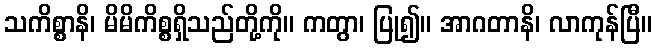
သကိစ္စာနိ၊ မိမိကိစ္စရှိသည်တို့ကို။ ကတွာ၊ ပြု၍။ အာဂတာနိ၊ လာကုန်ပြီ။